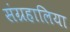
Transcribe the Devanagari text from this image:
संग्रहालिया